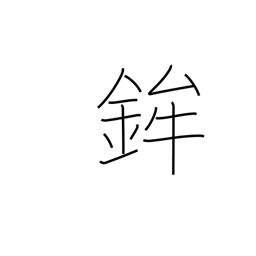
Meaning: festival float